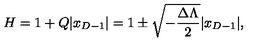
H = 1 + Q | x _ { D - 1 } | = 1 \pm \sqrt { - { \frac { \Delta \Lambda } { 2 } } } | x _ { D - 1 } | ,